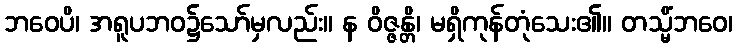
ဘဝေပိ၊ အရူပဘဝ၌သော်မှလည်း။ န ဝိဇ္ဇန္တိ၊ မရှိကုန်တုံသေး၏။ တသ္မိံဘဝေ၊